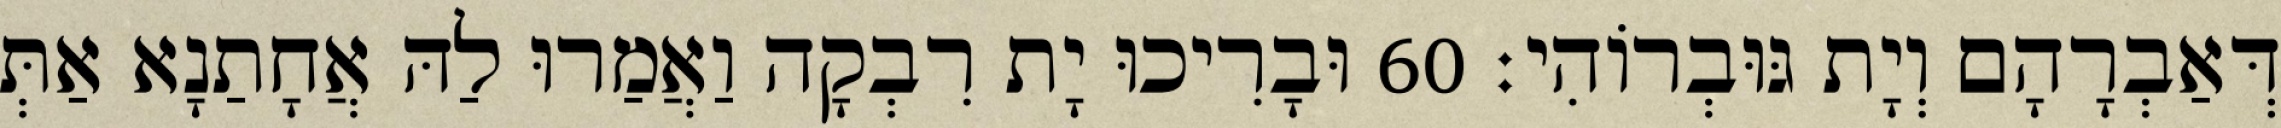
דְּאַבְרָהָם וְיָת גּוּבְרוֹהִי׃ 60 וּבָרִיכוּ יָת רִבְקָה וַאֲמַרוּ לַהּ אֲחָתַנָא אַתְּ